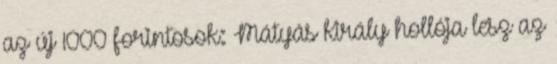
az új 1000 forintosok: Mátyás király hollója lesz az